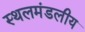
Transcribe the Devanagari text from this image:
स्थलमंडलीय